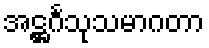
အဋ္ဌင်္ဂသုသမာဂတာ